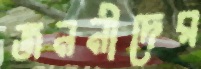
জননীদের